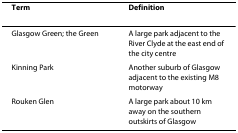
| Term | Definition |
 | --- | --- |
 | Glasgow Green; the Green | A large park adjacent to the River Clyde at the east end of the city centre |
 | Kinning Park | Another suburb of Glasgow adjacent to the existing M8 motorway |
 | Rouken Glen | A large park about 10 km away on the southern outskirts of Glasgow |